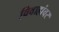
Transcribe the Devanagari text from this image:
विवाहांवर